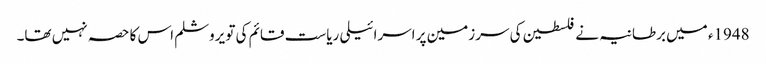
1948ء میں برطانیہ نے فلسطین کی سرزمین پر اسرائیلی ریاست قائم کی تو یروشلم اس کا حصہ نہیں تھا۔